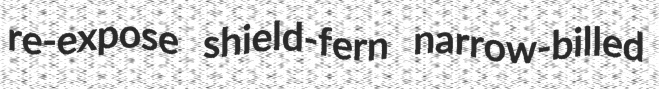
re-expose shield-fern narrow-billed